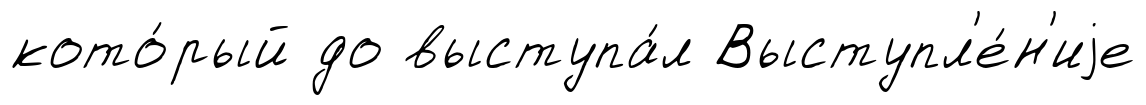
кото́рый до выступа́л Выступл'е́н'иjе